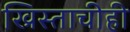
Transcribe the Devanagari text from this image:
ख्रिस्ताचीही